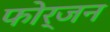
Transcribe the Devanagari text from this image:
फोर्जन